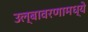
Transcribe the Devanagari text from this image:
उल्बावरणामध्ये